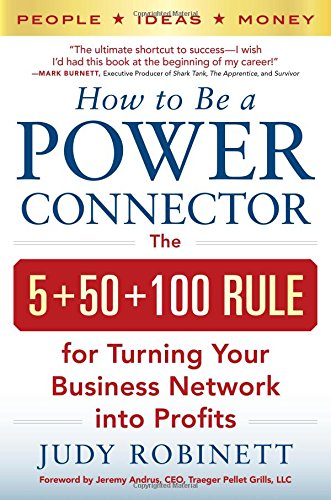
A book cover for How to Be a Power Connector: The 5+50+100 Rule for Turning Your Business Network into Profits; Judy Robinett; Business & Money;